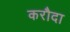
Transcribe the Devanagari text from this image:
करौदा